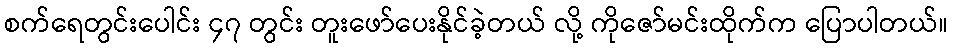
စက်ရေတွင်းပေါင်း ၄၇ တွင်း တူးဖော်ပေးနိုင်ခဲ့တယ် လို့ ကိုဇော်မင်းထိုက်က ပြောပါတယ်။